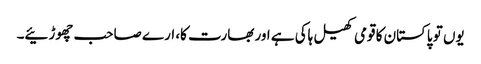
یوں تو پاکستان کا قومی کھیل ہاکی ہے اور بھارت کا، ارے صاحب چھوڑئیے۔